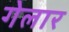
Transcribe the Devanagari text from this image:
गेलार